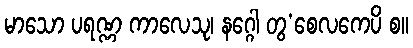
မာသော ပရဏ္ဏ ကာလေသု၊ နဂ္ဂေါ တွ’စေလကေပိ စ။